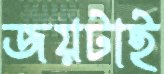
জয়টাই